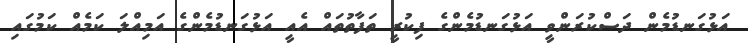
އަޅުގަނޑުމެން ދަސްކުރަންވީ އަޅުގަނޑުމެންގެ ފިކުރީ ތަފާތުތައް އެއީ އަޅުގަނޑުމެންގެ އަމިއްލަ ކަމެއް ކަމުގައި